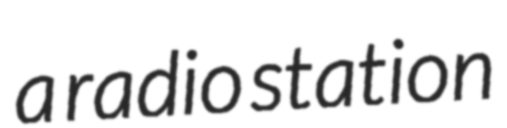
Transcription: a radio station